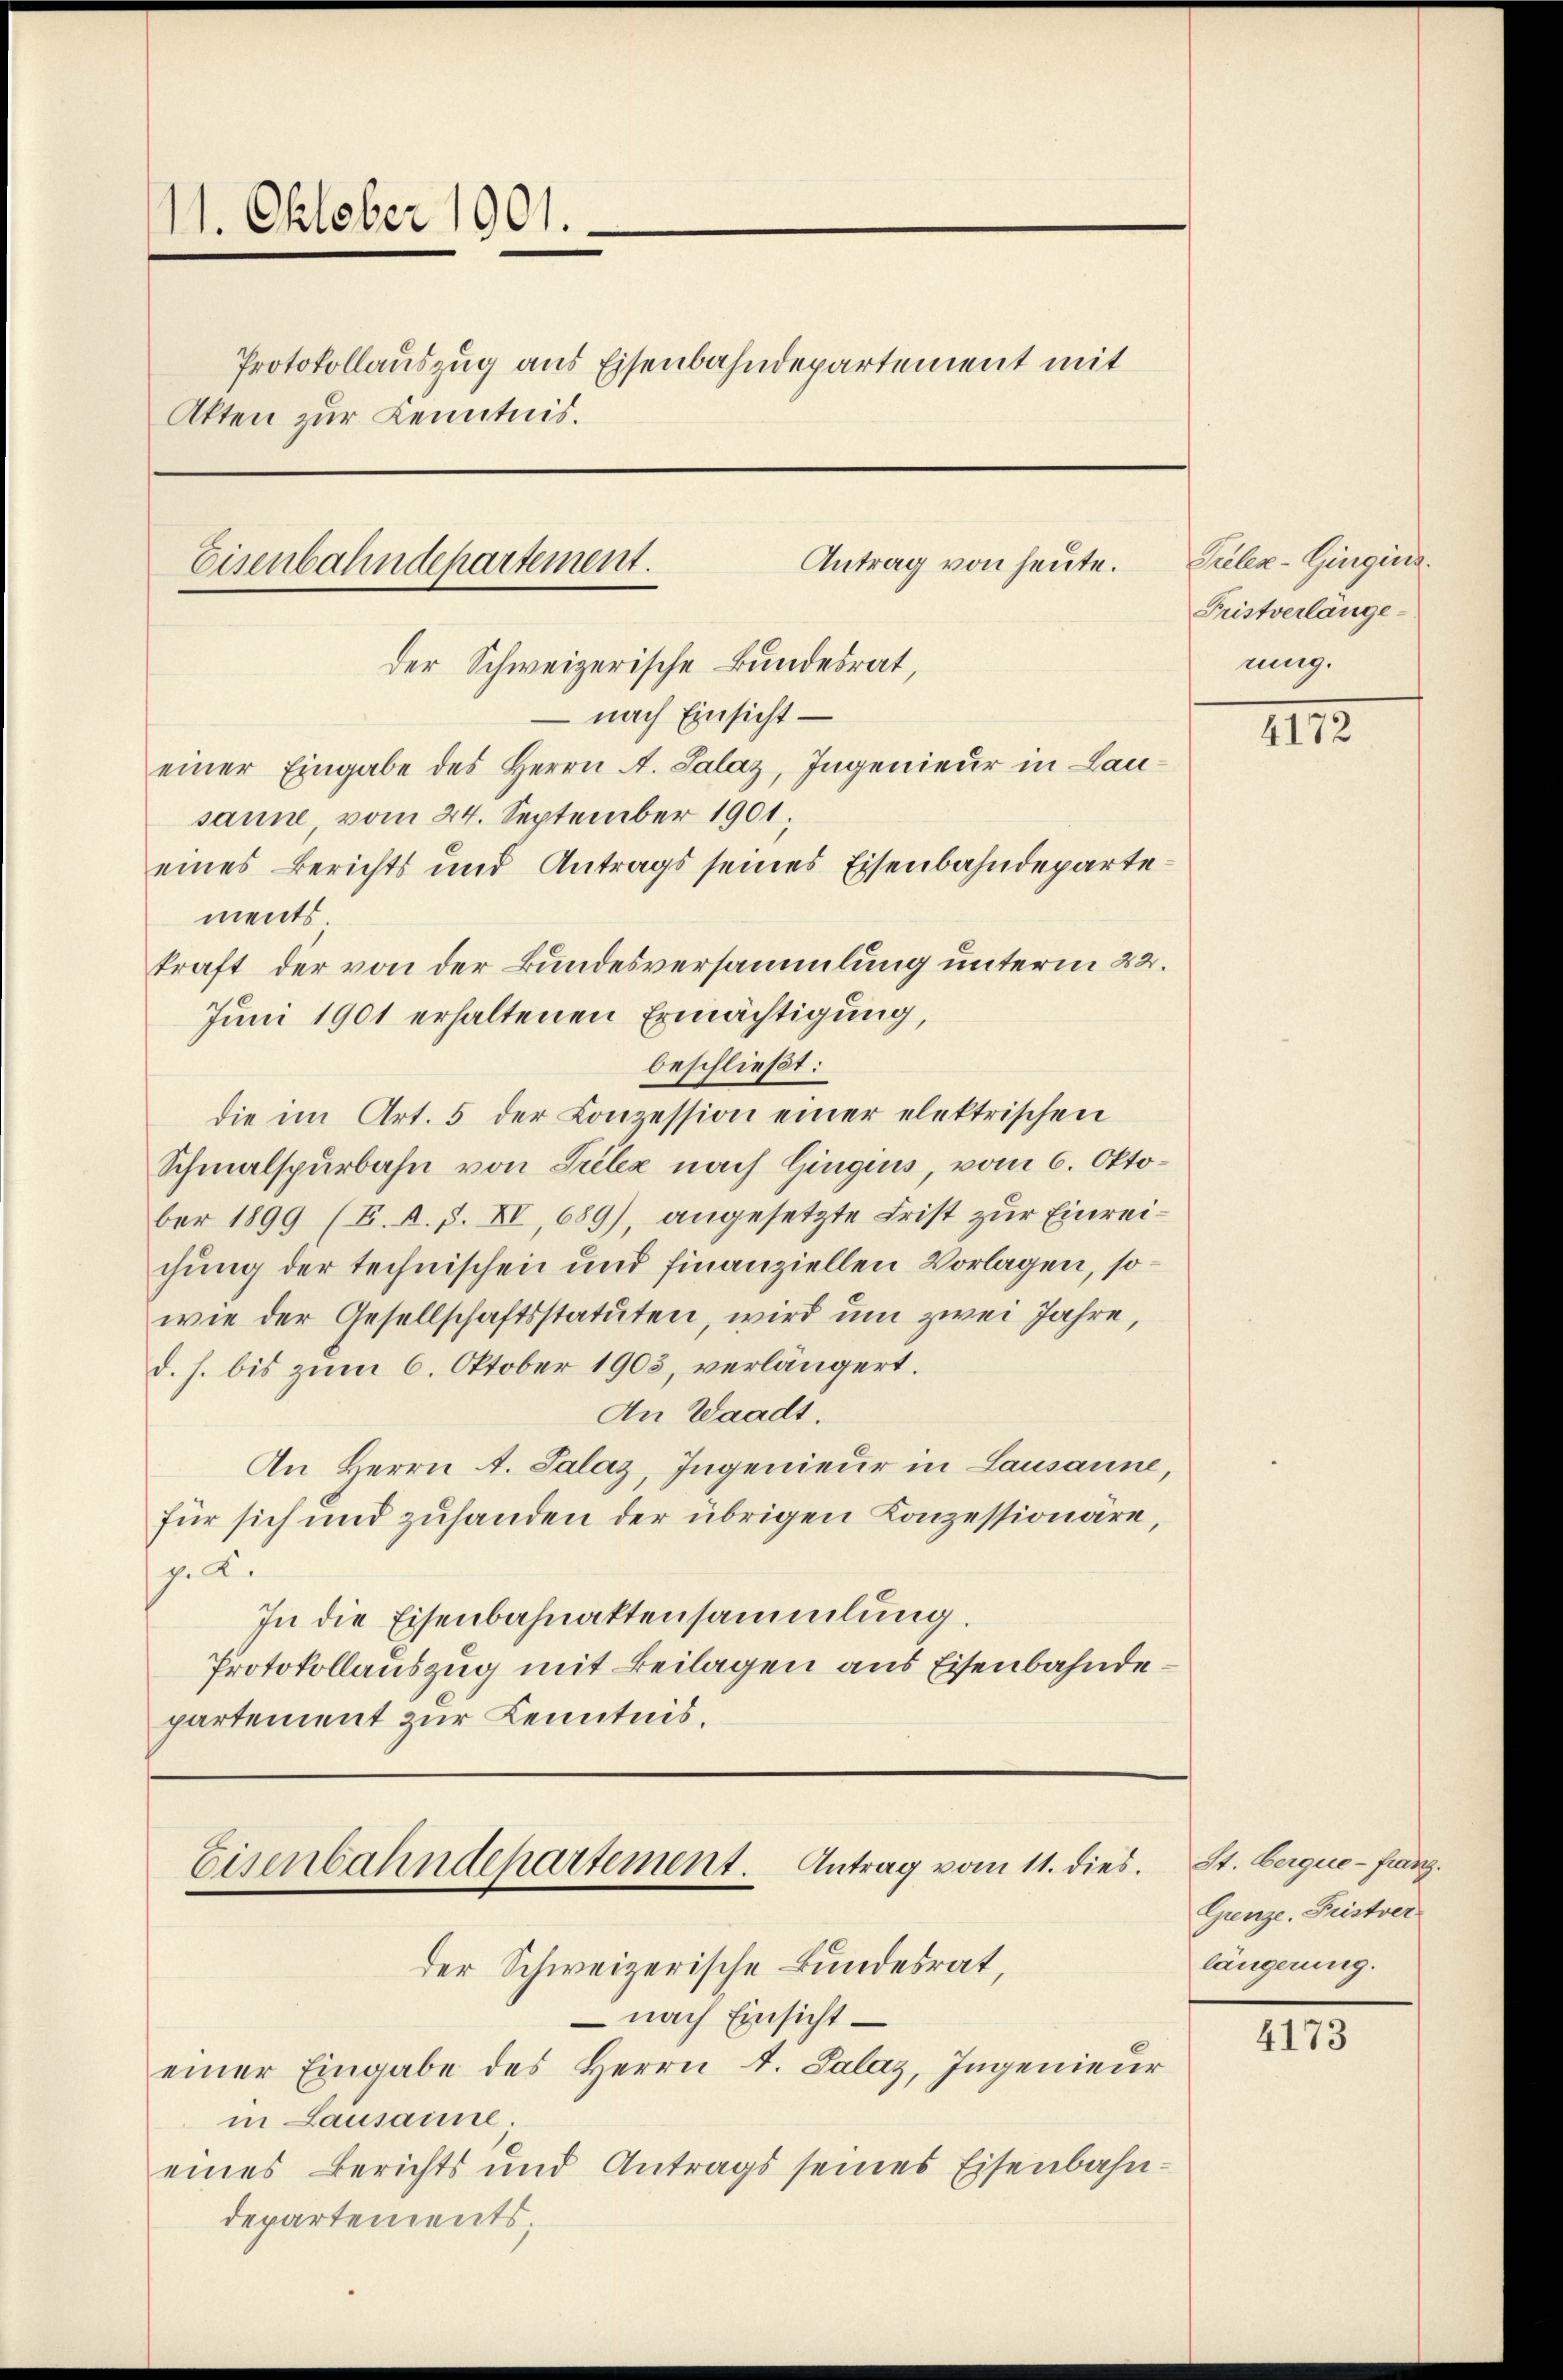
11. Oktober 1901.
Protokollauszug aus Eisenbahndepartement mit
Akten zur Kenntnis.
Antrag von heute.
Eisenbahndepartement.

Der Schweizerische Bundesrat,
– nach Einsicht –
einer Eingabe des Herrn A. Salaz, Ingenieur in Lausanne, vom 24. September 1901;

ments
kraft der von der Bundesversammlung unterm 22.
Juni 1901 erhaltenen Ermächtigung,
beschließt:
die im Art. 5 der Conzession einer elektrischen
Schmalspurbahn von Prela nach Gingins, vom 6. Oktober 1899 (F. A. S. XI, 689), angesetzte Frist zur Einreichung der technischen und finanziellen Vorlagen, sowie der Gesellschaftsstatuten, wird um zwei Jahre,
d. h. bis zum 6. Oktober 1905, verlängert.
An Waadt.
An Herrn A. Salaz, Ingenieur in Lausanne,
für sich und zuhanden der übrigen Konzessionäre,
p. K.
In die Eisenbahnaktensammlung.
Protokollauszug mit Beilagen aus Eisenbahndepartement zur Kenntnis.

eines Berichts und Antrags seines Eisenbahndeparte¬

Eisenbahndepartement. Antrag vom 11. dies
der Schweizerische Bundesrat,

– nach Einsichteiner Eingabe des Herrn A. Salaz, Ingenieur
in Lausamme
eines Berichts und Antrags seines Eisenbahn-
departements;

Sieler-Gingins.
Fristverlänge-
rung.

4172

St. Gerque-Franz.
Grenze. Fristver
längerung.

4173